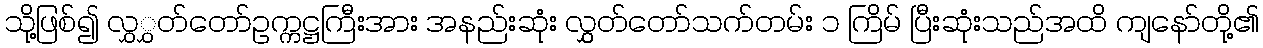
သို့ဖြစ်၍ လွှွှတ်တော်ဥက္ကဋ္ဌကြီးအား အနည်းဆုံး လွှွှတ်တော်သက်တမ်း ၁ ကြိမ် ပြီးဆုံးသည်အထိ ကျနော်တို့၏